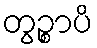
တွဉ္စာပိ